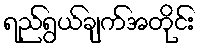
ရည်ရွယ်ချက်အတိုင်း